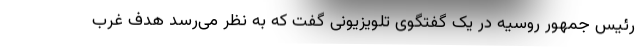
رئیس جمهور روسیه در یک گفتگوی تلویزیونی گفت که به نظر می‌رسد هدف غرب